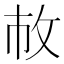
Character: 𢼆